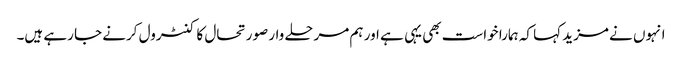
انہوں نے مزید کہا کہ ہمارا خواست بھی یہی ہے اور ہم مرحلے وار صورتحال کا کنٹرول کرنے جا رہے ہیں۔